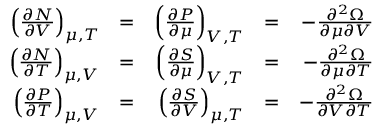
{ \begin{array} { r l r l r } { \left( { \frac { \partial N } { \partial V } } \right) _ { \mu , T } } & { = } & { \left( { \frac { \partial P } { \partial \mu } } \right) _ { V , T } } & { = } & { - { \frac { \partial ^ { 2 } \Omega } { \partial \mu \partial V } } } \\ { \left( { \frac { \partial N } { \partial T } } \right) _ { \mu , V } } & { = } & { \left( { \frac { \partial S } { \partial \mu } } \right) _ { V , T } } & { = } & { - { \frac { \partial ^ { 2 } \Omega } { \partial \mu \partial T } } } \\ { \left( { \frac { \partial P } { \partial T } } \right) _ { \mu , V } } & { = } & { \left( { \frac { \partial S } { \partial V } } \right) _ { \mu , T } } & { = } & { - { \frac { \partial ^ { 2 } \Omega } { \partial V \partial T } } } \end{array} }